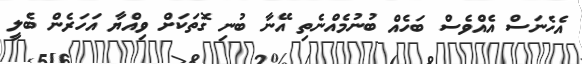
އެހެނަސް އެއްވެސް ބަހެއް ބުނުމެއްނެތި އޭނާ ބުނި ގޮތަކަށް ވިއްޔާ އަހަރެން ބެލީ